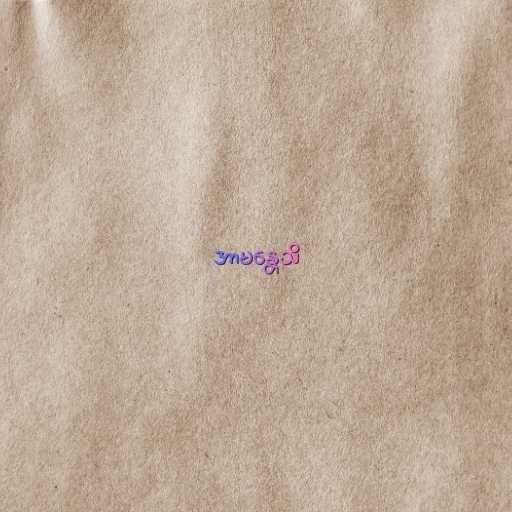
အာမန္တေသိ